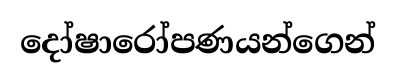
දෝෂාරෝපණයන්ගෙන්